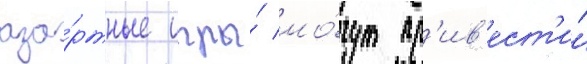
аза́ртные игры́ мо́гут пр'ив'ест'и́